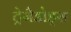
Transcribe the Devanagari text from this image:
ट्रेमैडोड्स